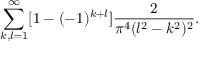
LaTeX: \sum _ { k , l = 1 } ^ { \infty } [ 1 - ( - 1 ) ^ { k + l } ] \frac { 2 } { \pi ^ { 4 } ( l ^ { 2 } - k ^ { 2 } ) ^ { 2 } } .